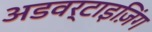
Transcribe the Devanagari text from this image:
अडवर्टाइज़िंग